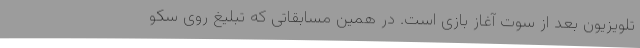
تلویزیون بعد از سوت آغاز بازی است. در همین مسابقاتی که تبلیغ روی سکو